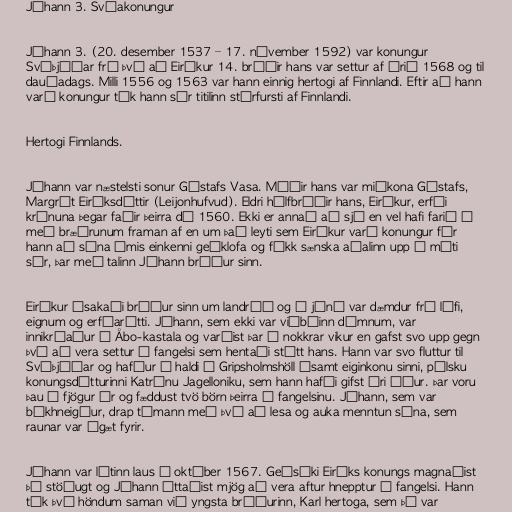
Jóhann 3. Svíakonungur

Jóhann 3. (20. desember 1537 – 17. nóvember 1592) var konungur
Svíþjóðar frá því að Eiríkur 14. bróðir hans var settur af árið 1568 og til
dauðadags. Milli 1556 og 1563 var hann einnig hertogi af Finnlandi. Eftir að hann
varð konungur tók hann sér titilinn stórfursti af Finnlandi.

Hertogi Finnlands.

Jóhann var næstelsti sonur Gústafs Vasa. Móðir hans var miðkona Gústafs,
Margrét Eiríksdóttir (Leijonhufvud). Eldri hálfbróðir hans, Eiríkur, erfði
krúnuna þegar faðir þeirra dó 1560. Ekki er annað að sjá en vel hafi farið á
með bræðrunum framan af en um það leyti sem Eiríkur varð konungur fór
hann að sýna ýmis einkenni geðklofa og fékk sænska aðalinn upp á móti
sér, þar með talinn Jóhann bróður sinn.

Eiríkur ásakaði bróður sinn um landráð og í júní var dæmdur frá lífi,
eignum og erfðarétti. Jóhann, sem ekki var viðbúinn dómnum, var
innikróaður í Åbo-kastala og varðist þar í nokkrar vikur en gafst svo upp gegn
því að vera settur í fangelsi sem hentaði stétt hans. Hann var svo fluttur til
Svíþjóðar og hafður í haldi í Gripsholmshöll ásamt eiginkonu sinni, pólsku
konungsdótturinni Katrínu Jagelloniku, sem hann hafði gifst ári áður. Þar voru
þau í fjögur ár og fæddust tvö börn þeirra í fangelsinu. Jóhann, sem var
bókhneigður, drap tímann með því að lesa og auka menntun sína, sem
raunar var ágæt fyrir.

Jóhann var látinn laus í október 1567. Geðsýki Eiríks konungs magnaðist
þó stöðugt og Jóhann óttaðist mjög að vera aftur hnepptur í fangelsi. Hann
tók því höndum saman við yngsta bróðurinn, Karl hertoga, sem þá var